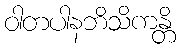
ဝါတပါနဘိသိကန္တိ